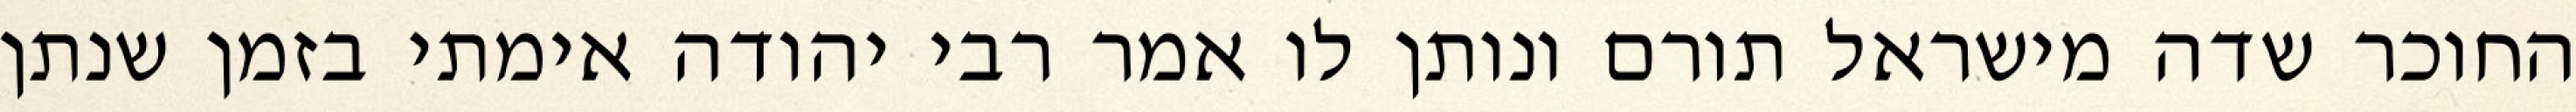
החוכר שדה מישראל תורם ונותן לו אמר רבי יהודה אימתי בזמן שנתן